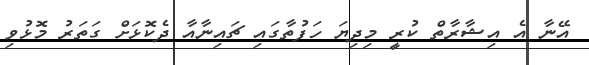
އޭނާ އެ އިޝާރާތް ކުރީ މިދިޔަ ހަފުތާގައި ޗައިނާއާ ދެކޮޅަށް ގަތަރު މޮޅުވި